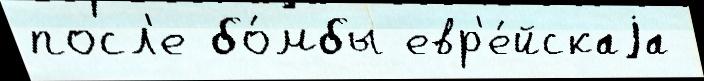
посл'е бо́мбы евр'е́йскаjа